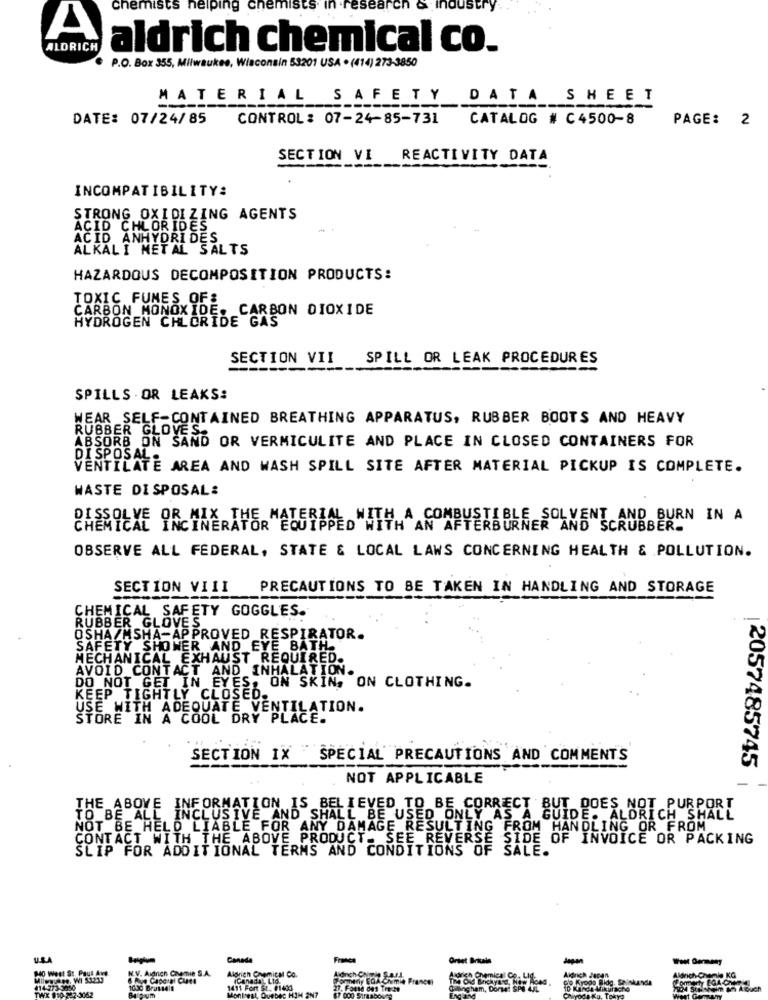
chemists helping chemi
research
JUST
A
ALDRICH
aldrich chemical co.
P.O. Box 355, Milwaukee, Wisconsin 53201 USA . (414) 273-3850
MATERIAL SAFETY DATA SHEET
-
---
DATE: 07/24/85
CONTROL : 07-24-85-731
CATALOG # C4500-8
PAGE: 2
SECTION VI
REACTIVITY DATA
INCOMPATIBILITY:
STRONG OXIDIZING AGENTS
ACID CHLORIDES
ACID ANHYDRI DES
ALKALI METAL SALTS
HAZARDOUS DECOMPOSITION PRODUCTS:
TOXIC FUMES OF&
CARBON MONOXIDE. CARBON DIOXIDE
HYDROGEN CHLORIDE GAS
SECTION VII
SPILL OR LEAK PROCEDURES
SPILLS . OR LEAKS:
WEAR SELF-CONTAINED BREATHING APPARATUS, RUBBER BOOTS AND HEAVY
RUBBER GLOVES.
ABSORB ON SAND OR VERMICULITE AND PLACE IN CLOSED CONTAINERS FOR
DISPOSAL -
VENTILATE AREA AND WASH SPILL SITE AFTER MATERIAL PICKUP IS COMPLETE.
WASTE DISPOSAL:
DISSOLVE OR MIX THE MATERIAL WITH A COMBUSTIBLE SOLVENT AND BURN IN A
ED WITH AN AFTERBURNER AND SCRUBBER.
OBSERVE ALL FEDERAL, STATE & LOCAL LAWS CONCERNING HEALTH & POLLUTION.
SECTION VIII
PRECAUTIONS TO BE TAKEN IN HANDLING AND STORAGE
CHEMICAL SAFETY GOGGLES.
RUBBER GLOVES
OSHA/MSHA-APPROVED_RESPIRATOR.
SAFETY SHOWER AND EYE BATH
MECHANICAL EXHAUST REQUIRED.
AVOID CONTACT AND INHALATION.
DO NOT GET IN EYES, ON SKIN, ON CLOTHING.
KEEP TIGHTLY CLOSED.
USE WITH ADEQUATE VENTILATION.
STORE IN A COOL DRY PLACE.
SECTION IX SPECIAL PRECAUTIONS AND COMMENTS
2057485745
NOT APPLICABLE
THE ABOVE INFORMATION IS BELIEVED TO BE CORRECT BUT DOES NOT PURPORT
TO BE ALL INCLUSIVE AND SHALL BE USED ONLY AS A GUI
GUIDE. ALDRICH SHALL
NOT BE HELD LIABLE FOR ANY DAMAGE RESULTING FROM HANDLING OR FROM
CONTACT WITH THE ABOVE PRODUCT. SEE REVERSE SIDE OF INVOICE OR PACKING
SLIP FOR ADDITIONAL TERMS AND CONDITIONS OF SALE.
Canada
France
Ordet Britale
West Germany
HO Well St. Paul Are
N.V. Adrien Camie S.A.
Aldrich Chemical Co.
Aldrich Chemien Co
Milwaukee. WI 53233
Bonneny EQA-Chemie France
Clo Krodo Bldg. Shinkande
Aldrich Jaran
Aldrichh-Chemie KG
414-273-3630
TWX 810 322-3062
1000 Brussels
1411 Fort St. #1403
MontesL, Quebec HIM 2N7
87 000 5Trasboven
27. Fosse det Theche
Gangham, Dorset
10 Kande Mikurache
TIM Steinheim sn Abuch
Chiyoda Ku, Tokyo